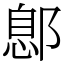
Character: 鄎